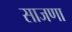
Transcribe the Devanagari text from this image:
साजणा